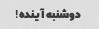
دوشنبه آینده!